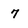
Character: 7